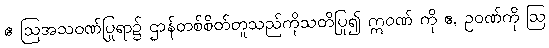
ဧ ဩအသဝဏ်ပြုရာ၌ ဌာန်တစ်စိတ်တူသည်ကိုသတိပြု၍ ဣဝဏ် ကို ဧ, ဥဝဏ်ကို ဩ